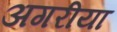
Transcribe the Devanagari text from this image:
अगरीया